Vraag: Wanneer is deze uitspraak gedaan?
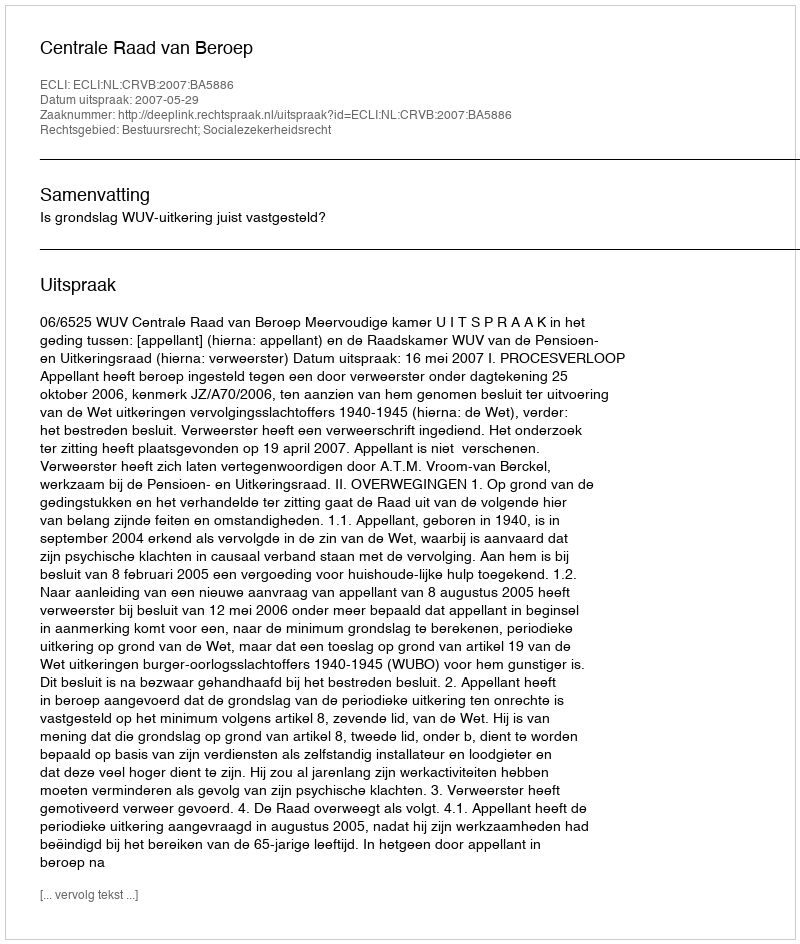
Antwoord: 2007-05-29